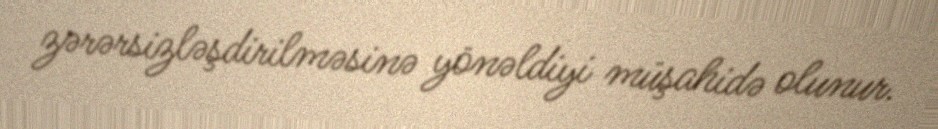
zərərsizləşdirilməsinə yönəldiyi müşahidə olunur.